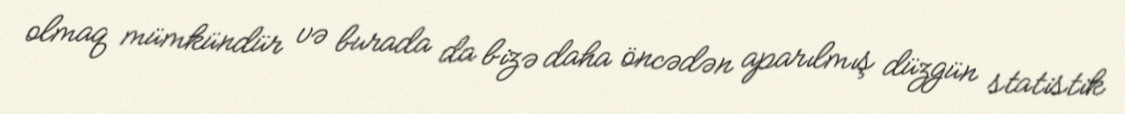
olmaq mümkündür və burada da bizə daha öncədən aparılmış düzgün statistik